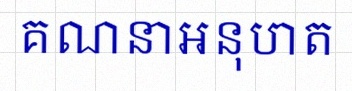
គណនាអនុបាត